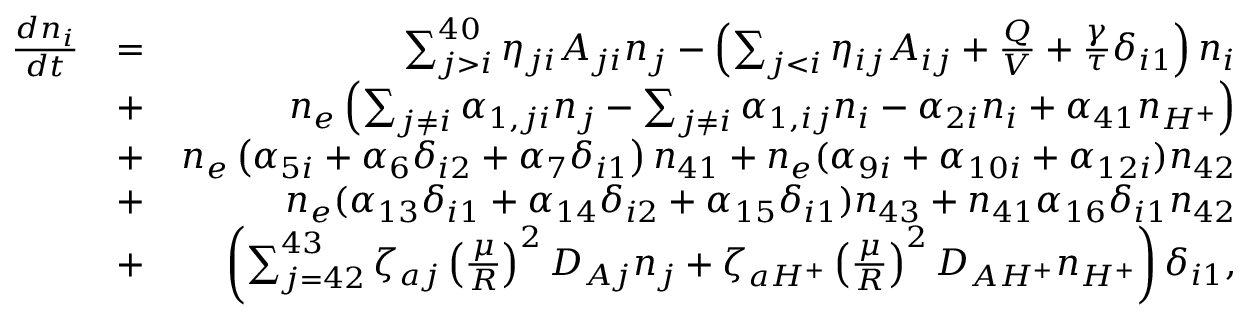
\begin{array} { r l r } { \frac { d n _ { i } } { d t } } & { = } & { \sum _ { j > i } ^ { 4 0 } \eta _ { j i } A _ { j i } n _ { j } - \left( \sum _ { j < i } \eta _ { i j } A _ { i j } + \frac { Q } { V } + \frac { \gamma } { \tau } \delta _ { i 1 } \right) n _ { i } } \\ & { + } & { n _ { e } \left( \sum _ { j \neq i } \alpha _ { 1 , j i } n _ { j } - \sum _ { j \neq i } \alpha _ { 1 , i j } n _ { i } - \alpha _ { 2 i } n _ { i } + \alpha _ { 4 1 } n _ { H ^ { + } } \right) } \\ & { + } & { n _ { e } \left( \alpha _ { 5 i } + \alpha _ { 6 } \delta _ { i 2 } + \alpha _ { 7 } \delta _ { i 1 } \right) n _ { 4 1 } + n _ { e } ( \alpha _ { 9 i } + \alpha _ { 1 0 i } + \alpha _ { 1 2 i } ) n _ { 4 2 } } \\ & { + } & { n _ { e } ( \alpha _ { 1 3 } \delta _ { i 1 } + \alpha _ { 1 4 } \delta _ { i 2 } + \alpha _ { 1 5 } \delta _ { i 1 } ) n _ { 4 3 } + n _ { 4 1 } \alpha _ { 1 6 } \delta _ { i 1 } n _ { 4 2 } } \\ & { + } & { \left( \sum _ { j = 4 2 } ^ { 4 3 } \zeta _ { a j } \left( \frac { \mu } { R } \right) ^ { 2 } D _ { A j } n _ { j } + \zeta _ { a H ^ { + } } \left( \frac { \mu } { R } \right) ^ { 2 } D _ { A H ^ { + } } n _ { H ^ { + } } \right) \delta _ { i 1 } , } \end{array}